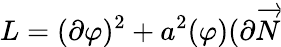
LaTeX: L=(\partial\varphi)^{2}+a^{2}(\varphi)(\partial\overrightarrow{N}